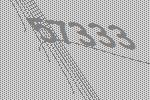
57333